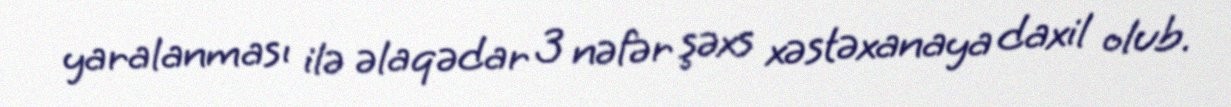
yaralanması ilə əlaqədar 3 nəfər şəxs xəstəxanaya daxil olub.